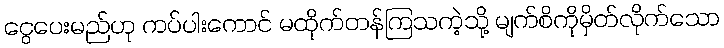
ငွေပေးမည်ဟု ကပ်ပါးကောင် မထိုက်တန်ကြသကဲ့သို့ မျက်စိကိုမှိတ်လိုက်သော